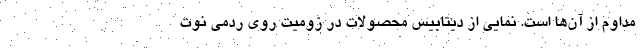
مداوم از آن‌ها است. نمایی از دیتابیس محصولات در زومیت روی ردمی نوت